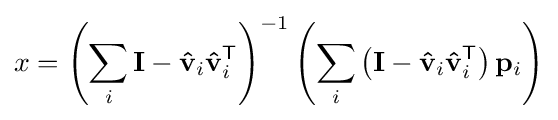
x=\left(\sum _{i}\mathbf {I} -\mathbf {\hat {v}} _{i}\mathbf {\hat {v}} _{i}^{\mathsf {T}}\right)^{-1}\left(\sum _{i}\left(\mathbf {I} -\mathbf {\hat {v}} _{i}\mathbf {\hat {v}} _{i}^{\mathsf {T}}\right)\mathbf {p} _{i}\right)